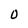
Character: O